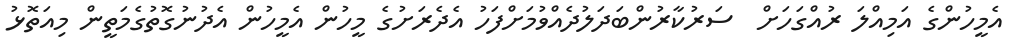
އެމީހުންގެ އަމިއްލަ ރުއްގަހަށް  ސަރުކާރުންބަދަލުދެއްވުމަށްފަހު އެދެރަށުގެ މީހުން އެމީހުން އެދުނުގޮތުގެމަތީން މިއަތޮޅު